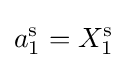
a_{1}^{\text{s}}=X_{1}^{\text{s}}